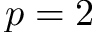
p = 2